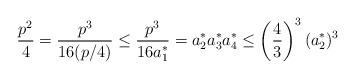
LaTeX: \begin{align*} \frac{p^{2}}{4} = \frac{p^{3}}{16 (p/4)} \leq \frac{p^{3}}{16 a_{1}^{*}} = a_{2}^{*} a_{3}^{*} a_{4}^{*} \leq \left(\frac{4}{3}\right)^{3} (a_{2}^{*})^{3}\end{align*}